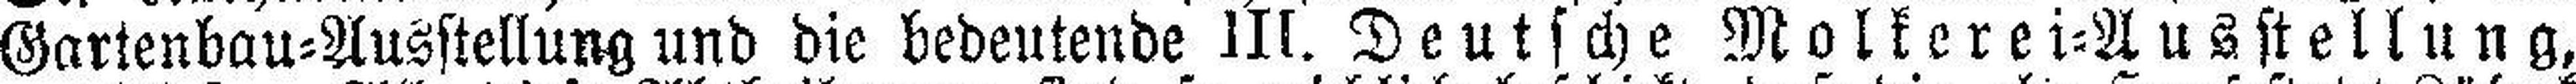
Gartenbau=Ausstellung und die bedeutende III. Deutsche Molkerei=Ausstellung,